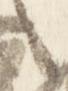
々